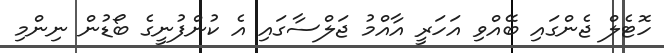
ހޮޓެލް ޖެންގައި ބޭއްވި އަހަރީ އާއްމު ޖަލްސާގައި އެ ކުންފުނީގެ ބޯޑުން ނިންމި